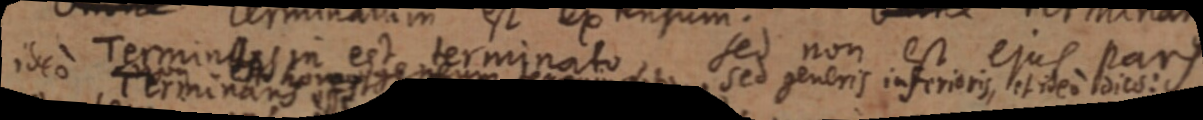
ideo Terminus in est terminato sed non est ejus pars